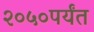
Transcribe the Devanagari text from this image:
२०५०पर्यंत